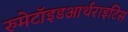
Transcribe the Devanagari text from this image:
रुमेटॉइडआर्थराइटिस